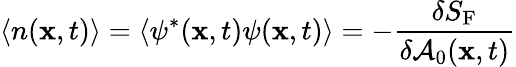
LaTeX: \langle n({\mathbf x},t)\rangle=\langle\psi^{*}({\mathbf x},t)\psi({\mathbf x},t)\rangle=-{\frac{\delta S_{\mathrm{F}}}{\delta{\cal A}_{0}({{\mathbf x},t})}}